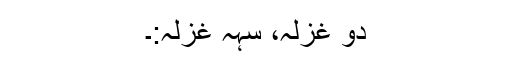
دو غزلہ، سہہ غزلہ:۔